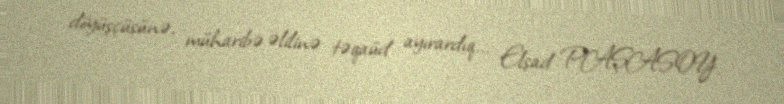
döyüşçüsünə, müharibə əlilinə təqaüd ayırardıq... Elşad PAŞASOY.